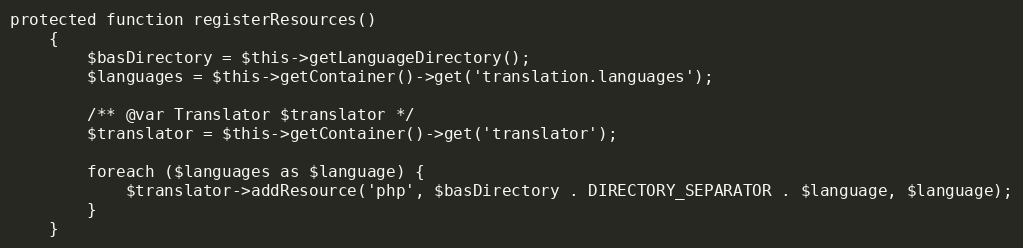
Language: PHP
protected function registerResources()
    {
        $basDirectory = $this->getLanguageDirectory();
        $languages = $this->getContainer()->get('translation.languages');

        /** @var Translator $translator */
        $translator = $this->getContainer()->get('translator');

        foreach ($languages as $language) {
            $translator->addResource('php', $basDirectory . DIRECTORY_SEPARATOR . $language, $language);
        }
    }